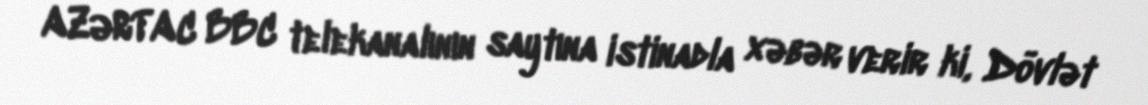
AZƏRTAC BBC telekanalının saytına istinadla xəbər verir ki, Dövlət